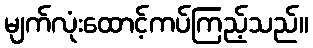
မျက်လုံးထောင့်ကပ်ကြည့်သည်။